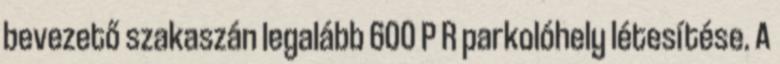
bevezető szakaszán legalább 600 P R parkolóhely létesítése. A